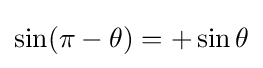
\sin(\pi -\theta )=+\sin \theta